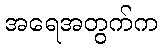
အရေအတွက်က